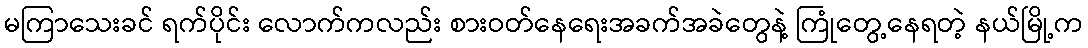
မကြာသေးခင် ရက်ပိုင်း လောက်ကလည်း စားဝတ်နေရေးအခက်အခဲတွေနဲ့ ကြုံတွေ့နေရတဲ့ နယ်မြို့က